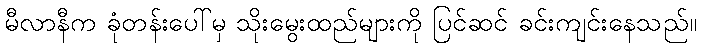
မီလာနီက ခုံတန်းပေါ်မှ သိုးမွေးထည်များကို ပြင်ဆင် ခင်းကျင်းနေသည်။